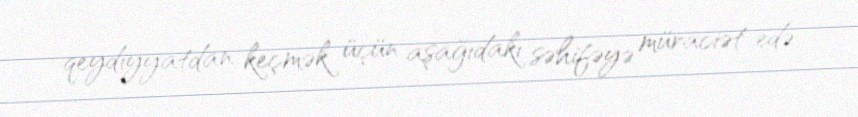
qeydiyyatdan keçmək üçün aşağıdakı səhifəyə müraciət edə